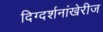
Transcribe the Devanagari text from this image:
दिग्दर्शनांखेरीज